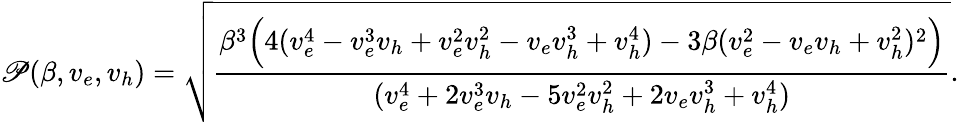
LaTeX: \mathscr{P}(\beta,v_{e},v_{h})=\sqrt{\frac{\beta^{3}\Big(4(v_{e}^{4}-v_{e}^{3}v_{h}+v_{e}^{2}v_{h}^{2}-v_{e}v_{h}^{3}+v_{h}^{4})-3\beta(v_{e}^{2}-v_{e}v_{h}+v_{h}^{2})^{2}\Big)}{(v_{e}^{4}+2v_{e}^{3}v_{h}-5v_{e}^{2}v_{h}^{2}+2v_{e}v_{h}^{3}+v_{h}^{4})}}.